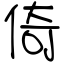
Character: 倚